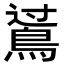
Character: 𪁶